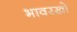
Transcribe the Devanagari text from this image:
भावरखो